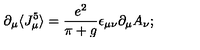
\partial _ { \mu } \langle J _ { \mu } ^ { 5 } \rangle = \frac { e ^ { 2 } } { \pi + g } \epsilon _ { \mu \nu } \partial _ { \mu } A _ { \nu } ;